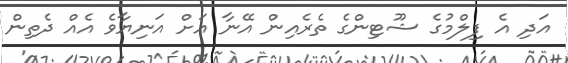
އަދި އެ ފިލްމުގެ ޝޫޓިންގެ ތެރެއިން އޭނާ އަށް އަނިޔާވެ އެއް ދެތިން